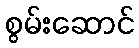
စွမ်းဆောင်